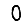
Digit: 0